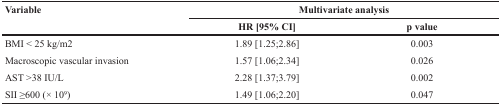
| <ROWSPAN=2> Variable | <COLSPAN=2> Multivariate analysis |
 | HR [95% CI] | p value |
 | --- | --- | --- |
 | BMI < 25 kg/m2 | 1.89 [1.25;2.86] | 0.003 |
 | Macroscopic vascular invasion | 1.57 [1.06;2.34] | 0.026 |
 | AST >38 IU/L | 2.28 [1.37;3.79] | 0.002 |
 | SII ≥600 (× 109) | 1.49 [1.06;2.20] | 0.047 |